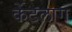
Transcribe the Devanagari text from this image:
केंटलाग